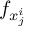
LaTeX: f _ { x _ { j } ^ { i } }